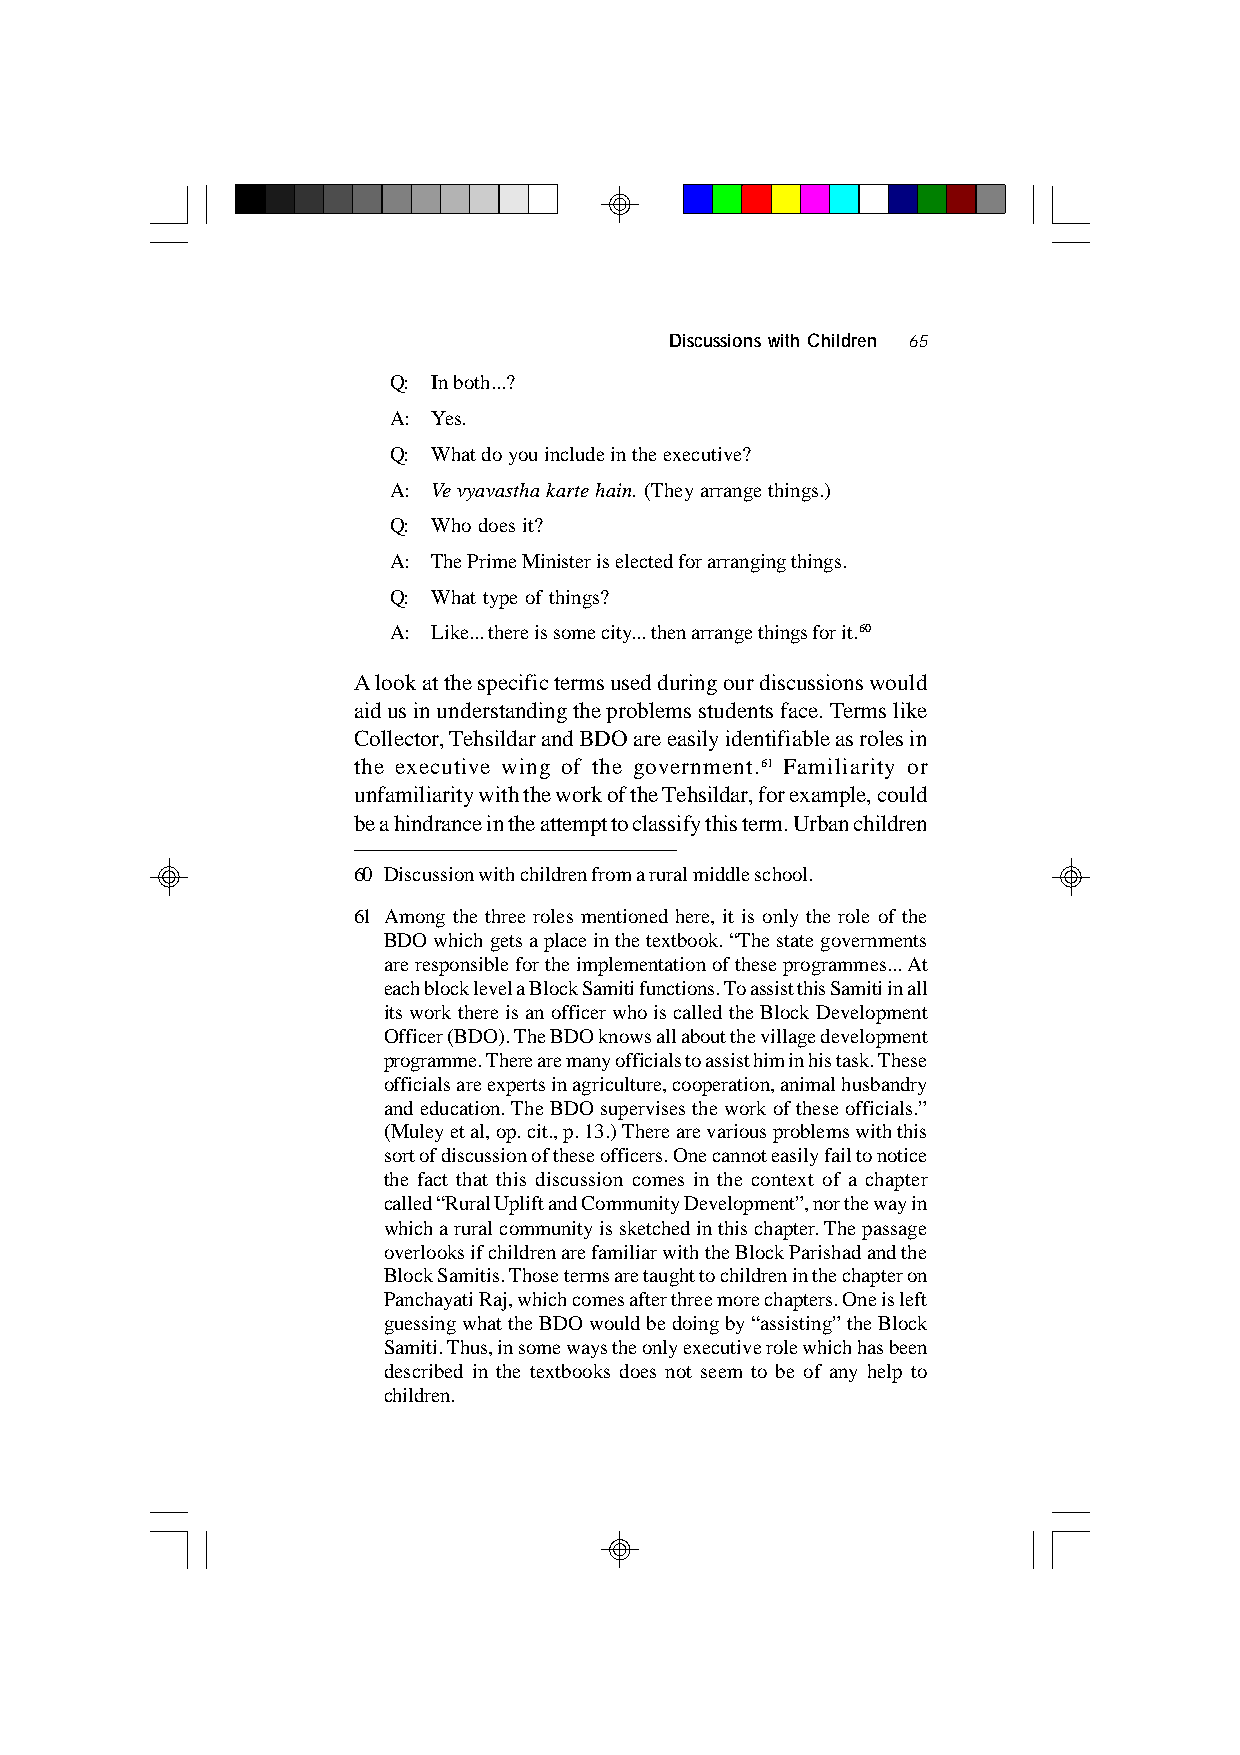
Discussions with Children 65
 Q: In both...?
 A: Yes.
 Q: What do you include in the executive?
 A: Ve vyavastha karte hain. (They arrange things.)
 Q: Who does it?
 A: The Prime Minister is elected for arranging things.
 Q: What type of things?
 A: Like... there is some city... then arrange things for it.60
 A look at the specific terms used during our discussions would
 aid us in understanding the problems students face. Terms like
 Collector, Tehsildar and BDO are easily identifiable as roles in
 the executive wing of the government.61 Familiarity or
 unfamiliarity with the work of the Tehsildar, for example, could
 be a hindrance in the attempt to classify this term. Urban children
 60 Discussion with children from a rural middle school.
 61 Among the three roles mentioned here, it is only the role of the
 BDO which gets a place in the textbook. “The state governments
 are responsible for the implementation of these programmes... At
 each block level a Block Samiti functions. To assist this Samiti in all
 its work there is an officer who is called the Block Development
 Officer (BDO). The BDO knows all about the village development
 programme. There are many officials to assist him in his task. These
 officials are experts in agriculture, cooperation, animal husbandry
 and education. The BDO supervises the work of these officials.”
 (Muley et al, op. cit., p. 13.) There are various problems with this
 sort of discussion of these officers. One cannot easily fail to notice
 the fact that this discussion comes in the context of a chapter
 called “Rural Uplift and Community Development”, nor the way in
 which a rural community is sketched in this chapter. The passage
 overlooks if children are familiar with the Block Parishad and the
 Block Samitis. Those terms are taught to children in the chapter on
 Panchayati Raj, which comes after three more chapters. One is left
 guessing what the BDO would be doing by “assisting” the Block
 Samiti. Thus, in some ways the only executive role which has been
 described in the textbooks does not seem to be of any help to
 children.